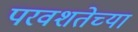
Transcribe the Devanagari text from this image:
परवशतेच्या